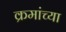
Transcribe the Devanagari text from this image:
क्रमांच्या